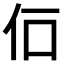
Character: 𠇅